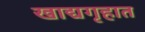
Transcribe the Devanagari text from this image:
खाद्यगृहात